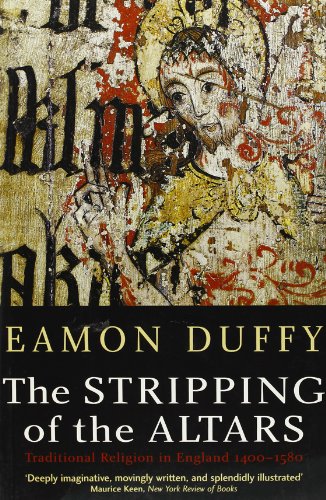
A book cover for The Stripping of the Altars: Traditional Religion in England, 1400-1580; Eamon Duffy; Religion & Spirituality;